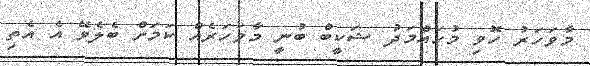
މާވަހަރު ހޮވި މުހައްމަދު ޝަކީބް ބުނީ މާވަހަރެއް ކަމަށް ބެލެވޭ އެ އެތި